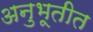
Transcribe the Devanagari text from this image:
अनुभूतीत